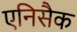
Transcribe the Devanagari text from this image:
एनिसैक